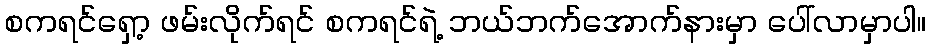
စကရင်ရှော့ ဖမ်းလိုက်ရင် စကရင်ရဲ့ ဘယ်ဘက်အောက်နားမှာ ပေါ်လာမှာပါ။